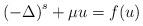
LaTeX: \begin{gather*} \left(-\Delta\right)^s+\mu u=f(u) \end{gather*}